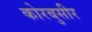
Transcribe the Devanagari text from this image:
कोरबुसीर